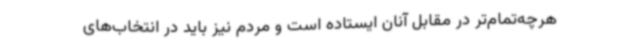
هرچه‌تمام‌تر در مقابل آنان ایستاده است و مردم نیز باید در انتخاب‌های